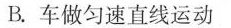
B.车做匀速直线运动